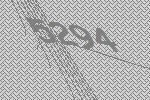
5294